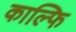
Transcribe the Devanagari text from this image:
काल्फि